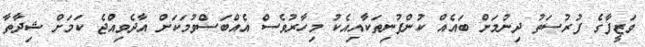
ވަޒީފާގެ ފުރުސަތު ދިނުމަށް ބައެއް ކުންފުނިތަކާއިއެކު މިހާރުވެސް އެއްބަސްވުމަކަށް އާދެވިއްޖެ ކަމަށް ޝިދާތާ